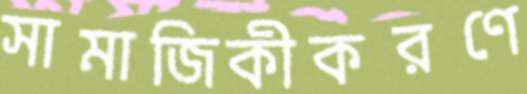
সামাজিকীকরণে